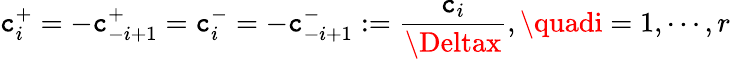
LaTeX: \mathtt{c}_{i}^{+}=-\mathtt{c}_{-i+1}^{+}=\mathtt{c}_{i}^{-}=-\mathtt{c}_{-i+1}^{-}:=\frac{{\mathtt{c}_{i}}}{{\Deltax}},\quadi=1,\cdots,r